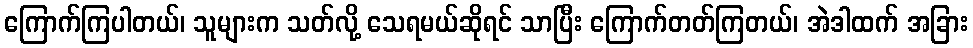
ကြောက်ကြပါတယ်၊ သူများက သတ်လို့ သေရမယ်ဆိုရင် သာပြီး ကြောက်တတ်ကြတယ်၊ အဲဒါထက် အခြား